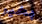
بخير